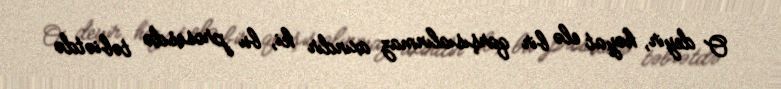
O deyir, həyat elə bir qarşısıalınmaz axındır ki, bu prosesdə təbiətdə